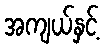
အကျယ်နှင့်